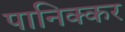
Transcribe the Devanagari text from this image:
पानिक्कर